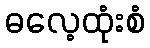
ဓလေ့ထုံးစံ